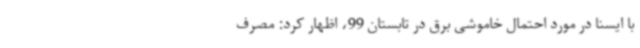
با ایسنا در مورد احتمال خاموشی برق در تابستان 99، اظهار کرد: مصرف